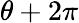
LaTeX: \theta+2\pi